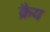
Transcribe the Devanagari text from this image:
क्रैय